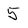
Character: 5